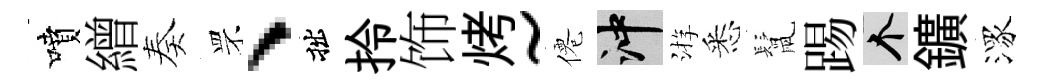
噴繒奏罘、拙拎饰烤~僊冲㳺悉鬛踢个鑛潈